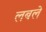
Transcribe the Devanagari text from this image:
लबले